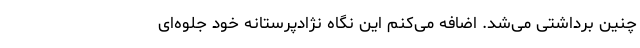
چنین برداشتی می‌شد. اضافه می‌کنم این نگاه نژادپرستانه خود جلوه‌ای